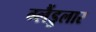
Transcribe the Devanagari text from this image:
ग्लैंडुलार